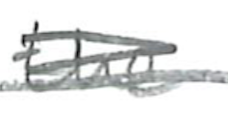
Text: the
Cross-out: scratch
Writing tool: pencil